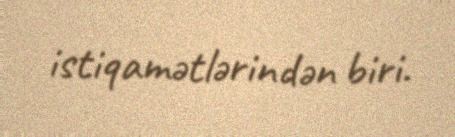
istiqamətlərindən biri.